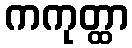
ကကုတ္ထာ